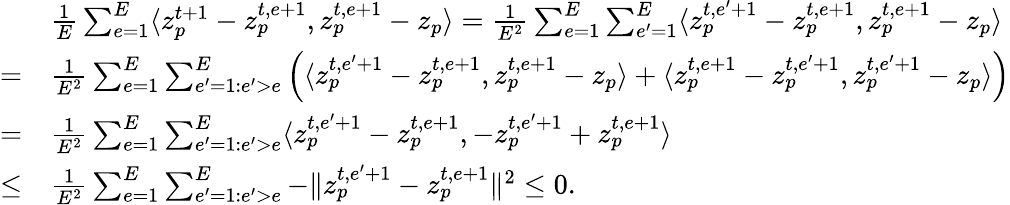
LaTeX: \begin{array}{rl}&{\frac{1}{E}\sum_{e=1}^{E}\langle z_{p}^{t+1}-z_{p}^{t,e+1},z_{p}^{t,e+1}-z_{p}\rangle=\frac{1}{E^{2}}\sum_{e=1}^{E}\sum_{e^{\prime}=1}^{E}\langle z_{p}^{t,e^{\prime}+1}-z_{p}^{t,e+1},z_{p}^{t,e+1}-z_{p}\rangle}\\ {=}&{\frac{1}{E^{2}}\sum_{e=1}^{E}\sum_{e^{\prime}=1:e^{\prime}>e}^{E}\left(\langle z_{p}^{t,e^{\prime}+1}-z_{p}^{t,e+1},z_{p}^{t,e+1}-z_{p}\rangle+\langle z_{p}^{t,e+1}-z_{p}^{t,e^{\prime}+1},z_{p}^{t,e^{\prime}+1}-z_{p}\rangle\right)}\\ {=}&{\frac{1}{E^{2}}\sum_{e=1}^{E}\sum_{e^{\prime}=1:e^{\prime}>e}^{E}\langle z_{p}^{t,e^{\prime}+1}-z_{p}^{t,e+1},-z_{p}^{t,e^{\prime}+1}+z_{p}^{t,e+1}\rangle}\\ {\leq}&{\frac{1}{E^{2}}\sum_{e=1}^{E}\sum_{e^{\prime}=1:e^{\prime}>e}^{E}-\| z_{p}^{t,e^{\prime}+1}-z_{p}^{t,e+1}\| ^{2}\leq 0.}\end{array}